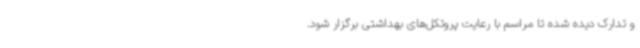
و تدارک دیده شده تا مراسم با رعایت پروتکل‌های بهداشتی برگزار شود.